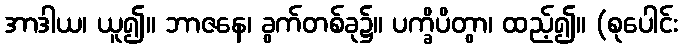
အာဒါယ၊ ယူ၍။ ဘာဇနေ၊ ခွက်တစ်ခု၌။ ပက္ခိပိတွာ၊ ထည့်၍။ (စုပေါင်း